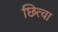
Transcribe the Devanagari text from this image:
छित्वा